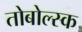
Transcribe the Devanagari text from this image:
तोबोल्स्क